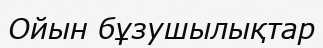
Ойын бұзушылықтар